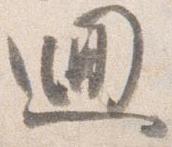
廻